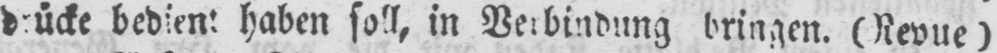
drücke bedient haben soll, in Verbindung bringen. (Revue)